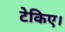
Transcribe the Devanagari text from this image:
टेकिए।